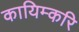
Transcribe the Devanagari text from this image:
कायिम्करि